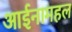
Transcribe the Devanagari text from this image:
आईनामहल